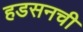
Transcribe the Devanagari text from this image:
हडसनची